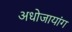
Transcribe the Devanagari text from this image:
अधोजायांग